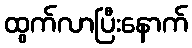
ထွက်လာပြီးနောက်